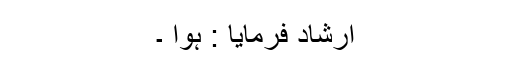
ارشاد فرمایا : ہوا ۔